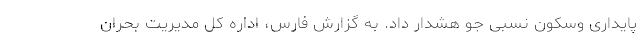
پایداری وسکون نسبی جو هشدار داد. به گزارش فارس، اداره کل مدیریت بحران